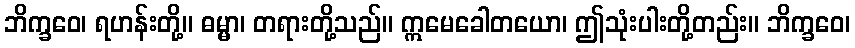
ဘိက္ခဝေ၊ ရဟန်းတို့။ ဓမ္မာ၊ တရားတို့သည်။ ဣမေခေါတယော၊ ဤသုံးပါးတို့တည်း။ ဘိက္ခဝေ၊